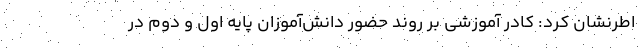
اطرنشان کرد: کادر آموزشی بر روند حضور دانش‌آموزان پایه اول و دوم در